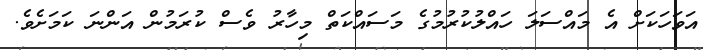
އަވަހަކަށް އެ މައްސަލަ ހައްލުކުރުމުގެ މަސައްކަތް މިހާރު ވެސް ކުރަމުން އަންނަ ކަމަށެވެ.